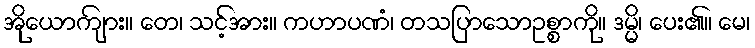
အိုယောကျ်ား။ တေ၊ သင့်အား။ ကဟာပဏံ၊ တသပြာသောဥစ္စာကို။ ဒမ္မိ၊ ပေး၏။ မေ၊